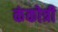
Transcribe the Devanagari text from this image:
कंकोत्री